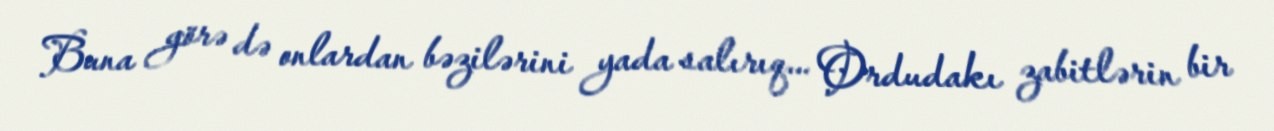
Buna görə də onlardan bəzilərini yada salırıq... Ordudakı zabitlərin bir